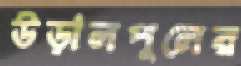
উড়ালপুলের